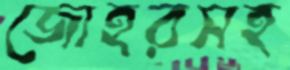
জোহরসহ